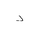
Letter: _dal